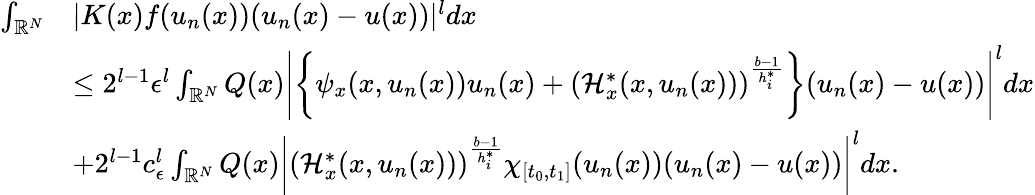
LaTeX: \begin{array}{rl}{\int_{{\mathbb R}^{N}}}&{|K(x)f(u_{n}(x))(u_{n}(x)-u(x))|^{l}dx}\\ &{\leq 2^{l-1}\epsilon^{l}\int_{{\mathbb R}^{N}}Q(x)\left|\left\lbrace\psi_{x}(x,u_{n}(x))u_{n}(x)+(\mathcal{H}_{x}^{*}(x,u_{n}(x)))^{\frac{b-1}{h_{i}^{*}}}\right\rbrace(u_{n}(x)-u(x))\right|^{l}dx}\\ &{+2^{l-1}c_{\epsilon}^{l}\int_{{\mathbb R}^{N}}Q(x)\left|(\mathcal{H}_{x}^{*}(x,u_{n}(x)))^{\frac{b-1}{h_{i}^{*}}}\chi_{[t_{0},t_{1}]}(u_{n}(x))(u_{n}(x)-u(x))\right|^{l}dx.}\end{array}